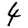
Digit: 4